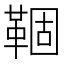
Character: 𬰦